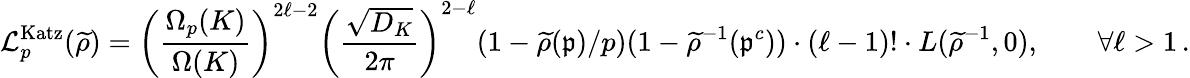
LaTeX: \mathcal L_{p}^{\mathrm{Katz}}(\widetilde\rho)=\left(\frac{\Omega_{p}(K)}{\Omega(K)}\right)^{2\ell-2}\left(\frac{\sqrt{D_{K}}}{2\pi}\right)^{2-\ell}(1-\widetilde\rho(\mathfrak{p})/p)(1-\widetilde\rho^{-1}(\mathfrak{p}^{c}))\cdot(\ell-1)!\cdot L(\widetilde\rho^{-1},0),\qquad\forall\ell>1\, .